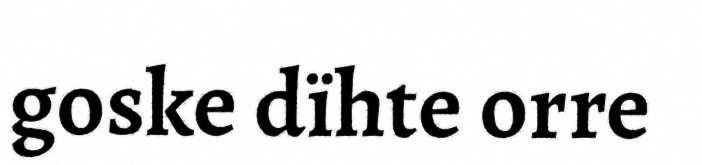
goske dïhte orre